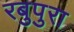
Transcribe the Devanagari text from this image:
रबुपुरा